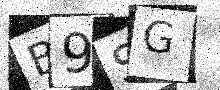
Text: B9SG